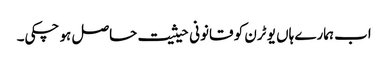
اب ہمارے ہاں یو ٹرن کو قانونی حیثیت حاصل ہو چکی۔